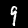
Digit: 9